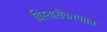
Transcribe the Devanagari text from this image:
विस्तारीकरणात